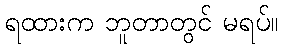
ရထားက ဘူတာတွင် မရပ်။